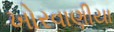
ખોરવાણીયા